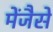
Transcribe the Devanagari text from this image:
मेंजैसे